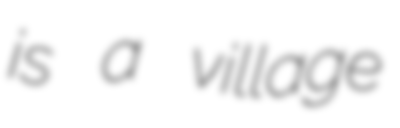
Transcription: is a village